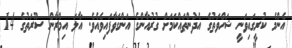
އެންމެ ކުރީގައިވަނީ ޝަހްވަތުގެ އެދުންތައްކަމަށް ގުރުއާންގެ އަންގަވާފައިވެއެވެ. އާލަ އިމްރާން ސޫރަތުގެ 14